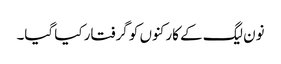
نون لیگ کے کارکنوں کو گرفتار کیا گیا۔